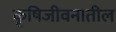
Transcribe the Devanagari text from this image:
कृषिजीवनातील